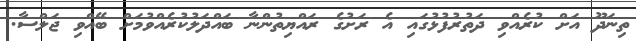
ތިނަދޫ އަށް ކުރެއްވި ދަތުރުފުޅުގައި އެ ރަށުގެ ރައްޔިތުންނާ ބައްދަލުކުރެއްވުމަށް ބޭއްވި ޖަލްސާ.